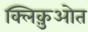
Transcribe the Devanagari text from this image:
क्लिक़ुओत